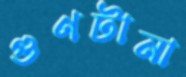
গুণটানা